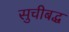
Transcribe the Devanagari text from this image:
सुचीबद्ध